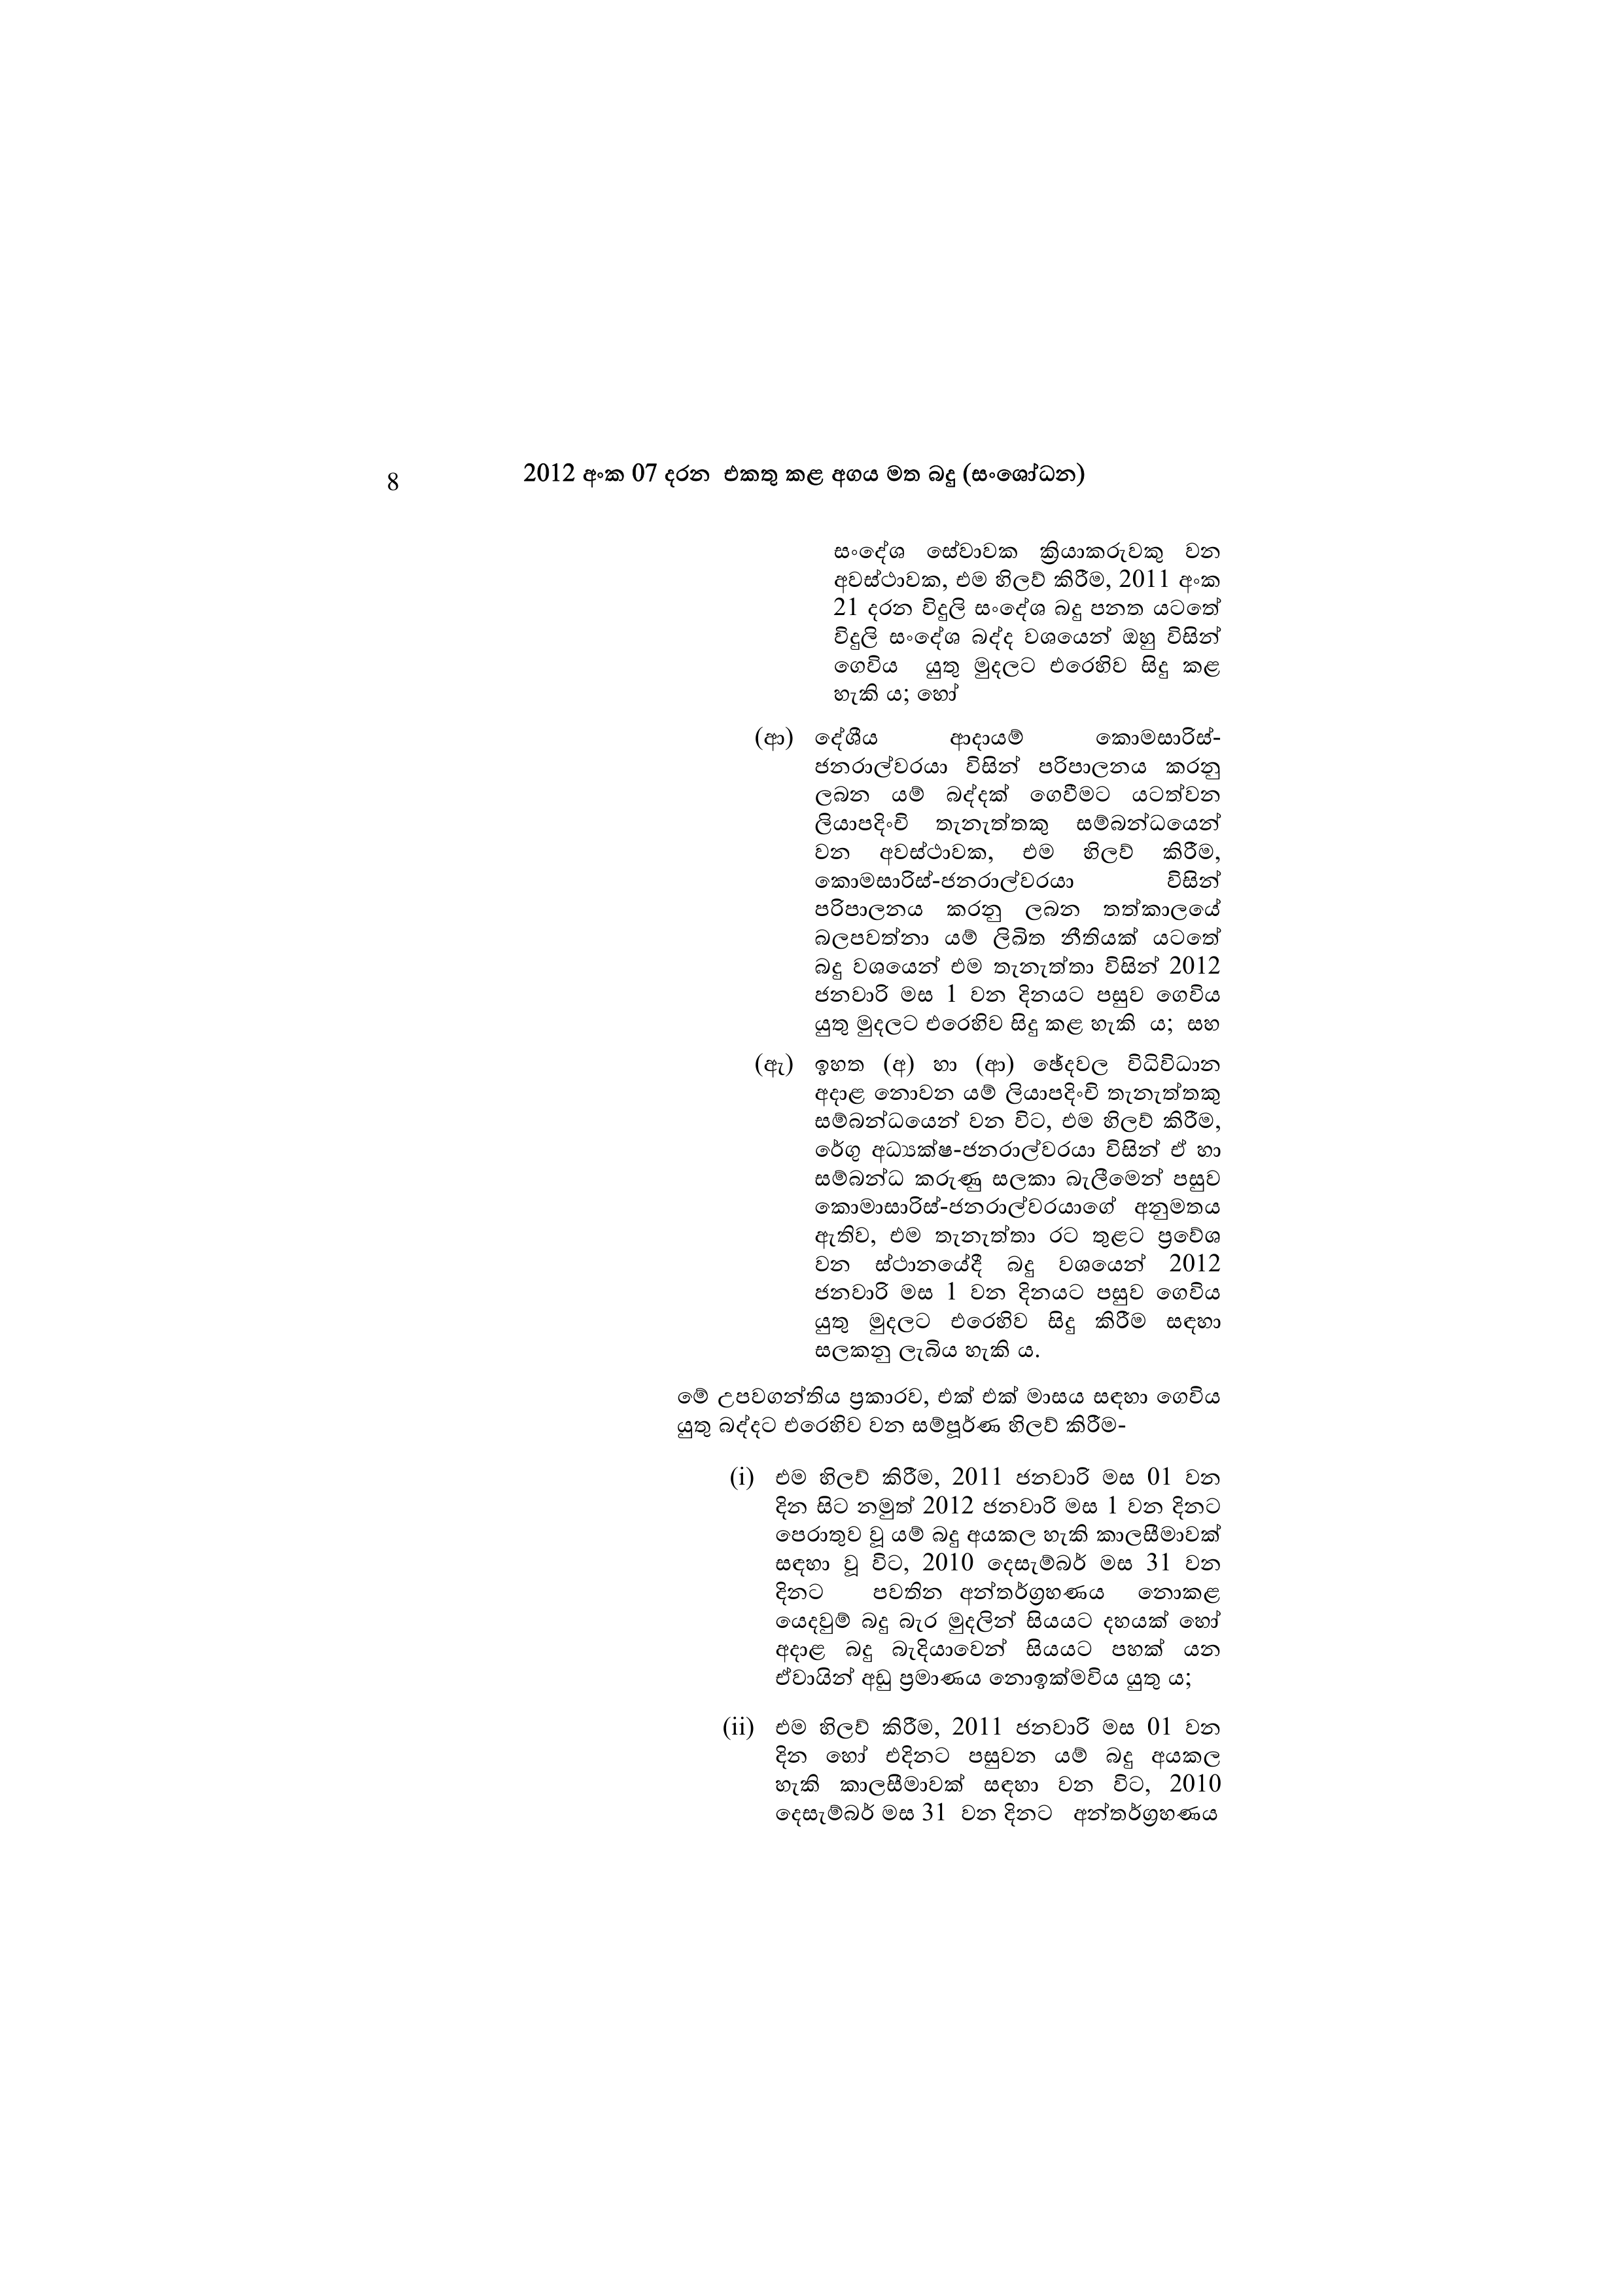
8 2012 අංක 07 දරන එකතු කළ අගය මත බදු (සංශෝධන)

සංදේශ සේවාවක ක්‍රියාකරුවකු වන
අවස්ථාවක, එම හිලව් කිරීම, 2011 අංක
21 දරන විදුලි සංදේශ බදු පනත යටතේ
විදුලි සංදේශ බද්ද වශයෙන් ඔහු විසින්
ගෙවිය යුතු මුදලට එරෙහිව සිදු කළ
හැකි ය; හෝ

(ආ) දේශීය ආදායම් කොමසාරිස්-
ජනරාල්වරයා විසින් පරිපාලනය කරනු
ලබන යම් බද්දක් ගෙවීමට යටත්වන
ලියාපදිංචි තැනැත්තකු සම්බන්ධයෙන්
වන අවස්ථාවක, එම හිලව් කිරීම,
කොමසාරිස්-ජනරාල්වරයා විසින්
පරිපාලනය කරනු ලබන තත්කාලයේ
බලපවත්නා යම් ලිඛිත නීතියක් යටතේ
බදු වශයෙන් එම තැනැත්තා විසින් 2012
ජනවාරි මස 1 වන දිනයට පසුව ගෙවිය
යුතු මුදලට එරෙහිව සිදු කළ හැකි ය; සහ

(ඇ) ඉහත (අ) හා (ආ) ඡේදවල විධිවිධාන
අදාළ නොවන යම් ලියාපදිංචි තැනැත්තකු
සම්බන්ධයෙන් වන විට, එම හිලව් කිරීම,
රේගු අධ්‍යක්ෂ-ජනරාල්වරයා විසින් ඒ හා
සම්බන්ධ කරුණු සලකා බැලීමෙන් පසුව
කොමාසාරිස්-ජනරාල්වරයාගේ අනුමතය
ඇතිව, එම තැනැත්තා රට තුළට ප්‍රවේශ
වන ස්ථානයේදී බදු වශයෙන් 2012
ජනවාරි මස 1 වන දිනයට පසුව ගෙවිය
යුතු මුදලට එරෙහිව සිදු කිරීම සඳහා
සලකනු ලැබිය හැකි ය.

මේ උපවගන්තිය ප්‍රකාරව, එක් එක් මාසය සඳහා ගෙවිය
යුතු බද්දට එරෙහිව වන සම්පූර්ණ හිලව් කිරීම-

(i) එම හිලව් කිරීම, 2011 ජනවාරි මස 01 වන
දින සිට නමුත් 2012 ජනවාරි මස 1 වන දිනට
පෙරාතුව වූ යම් බදු අයකල හැකි කාලසීමාවක්
සඳහා වූ විට, 2010 දෙසැම්බර් මස 31 වන
දිනට පවතින අන්තර්ග්‍රහණය නොකළ
යෙදවුම් බදු බැර මුදලින් සියයට දහයක් හෝ
අදාළ බදු බැදියාවෙන් සියයට පහක් යන
ඒවායින් අඩු ප්‍රමාණය නොඉක්මවිය යුතු ය;

(ii) එම හිලව් කිරීම, 2011 ජනවාරි මස 01 වන
දින හෝ එදිනට පසුවන යම් බදු අයකල
හැකි කාලසීමාවක් සඳහා වන විට, 2010
දෙසැම්බර් මස 31 වන දිනට අන්තර්ග්‍රහණය